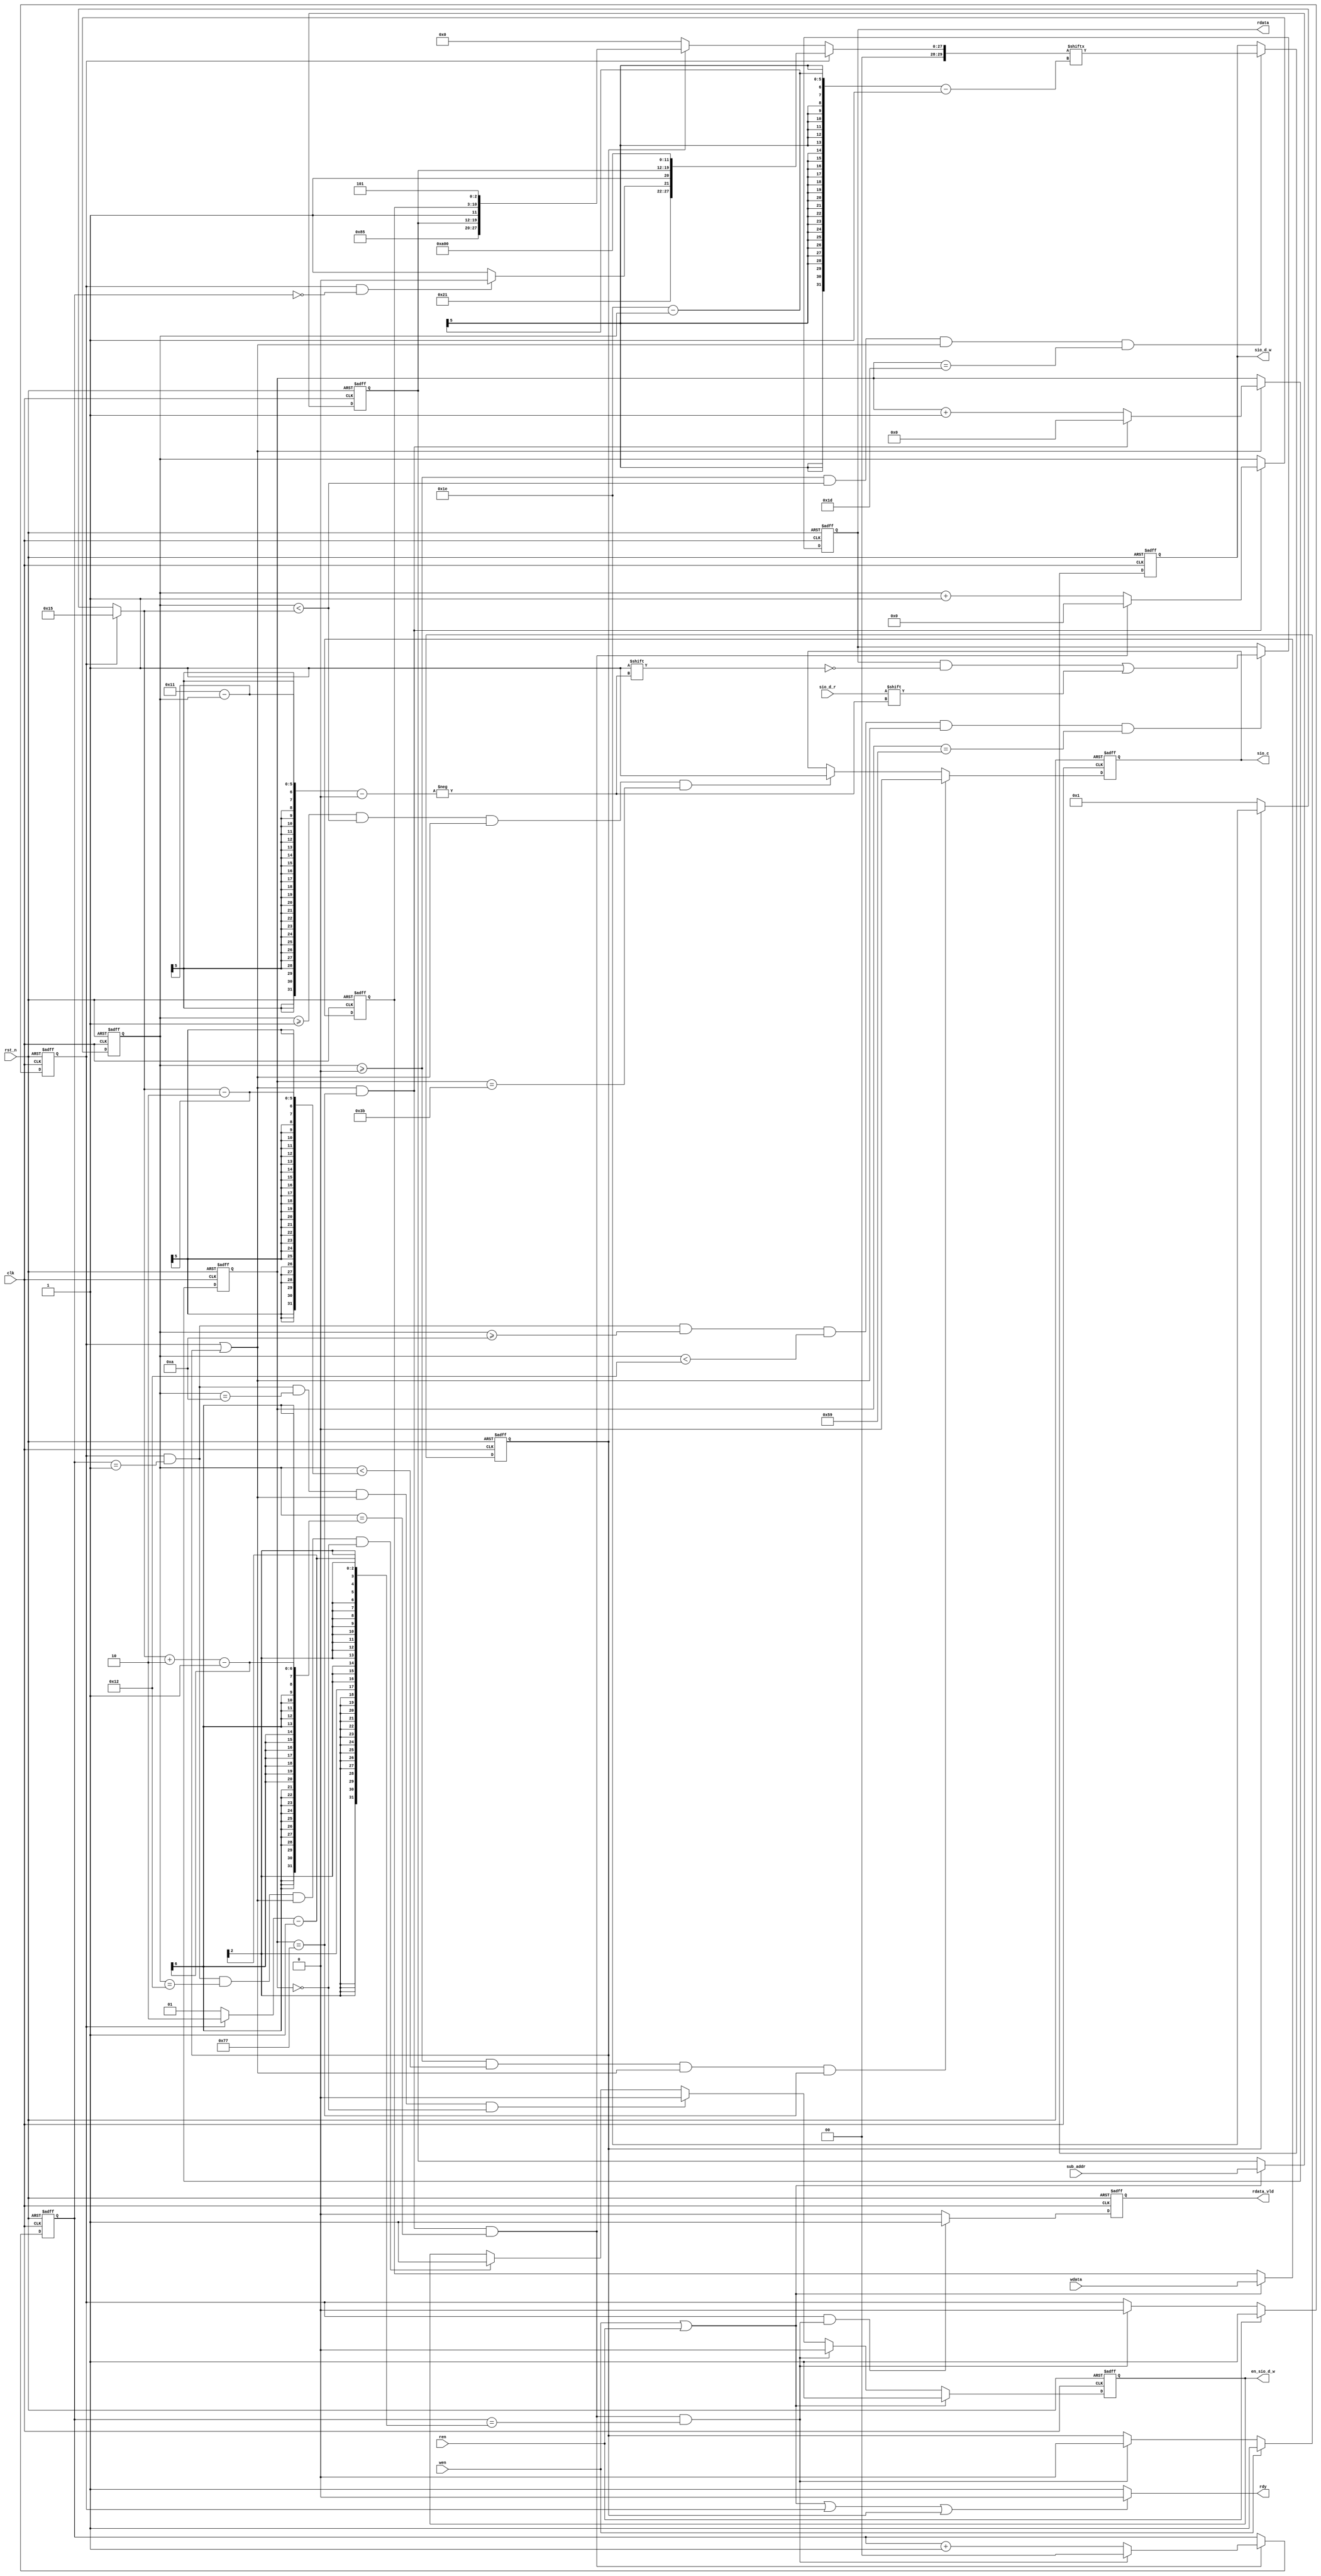
/************************************************************************************
The code is designed and produced by MDY Science and Education Co., Ltd, which has the entire ownership. It is only for personal learning, which cannot be used for commercial or profit-making purposes without permission.

    MDY's Mission: Develop Chip Talents and Realize National Chip Dream.

    We sincerely hope that our students can learn the real IC / FPGA code through our standard and rigorous code.

    For more FPGA learning materials, please visit the Forum: http://fpgabbs.com/ and official website: http://www.mdy-edu.com/index.html 

    *************************************************************************************/
module sccb(
    clk       ,
    rst_n     ,
    ren       ,
    wen       ,
    sub_addr  ,
    rdata     ,
    rdata_vld ,
    wdata     ,
    rdy       ,
    sio_c     ,
    sio_d_r   ,
    en_sio_d_w,
    sio_d_w         
);

    parameter      SIO_C  = 120 ; 

    input               clk           ;
    input               rst_n         ;
    input               ren           ;
    input               wen           ;
    input [7:0]         sub_addr      ;
    input [7:0]         wdata         ;

    output[7:0]         rdata         ;
    output              rdata_vld     ;
    output              sio_c         ;
    output              rdy           ;

    input               sio_d_r       ;
    output              en_sio_d_w    ;
    output              sio_d_w       ;
    reg                 en_sio_d_w    ;
    reg                 sio_d_w       ;

    reg   [7:0]         rdata         ;
    reg                 rdata_vld     ;
    reg                 sio_c         ;
    reg                 rdy           ;

    reg   [7:0]         count_sck     ;
    reg   [4:0]         count_bit     ;
    reg   [1:0]         count_duan    ;
    reg                 flag_r        ;
    reg                 flag_w        ;
    reg   [4:0]         bit_num       ;
    reg   [1:0]         duan_num      ;
    reg   [29:0]        out_data      ;
    reg   [ 7:0]        addr_ff       ;
    reg   [ 7:0]        wdata_ff      ;

    wire                add_count_sck ;
    wire                end_count_sck ;
    wire                add_count_bit ;
    wire                end_count_bit ;
    wire                add_count_duan;
    wire                end_count_duan;
    wire                sio_c_h2l     ;
    wire                sio_c_l2h     ;
    wire                en_sio_d_w_h2l;
    wire                en_sio_d_w_l2h;
    wire                out_data_time ;
    wire                rdata_time    ;
    wire  [7:0]         rd_com        ;
    
    always  @(posedge clk or negedge rst_n)begin
        if(rst_n==1'b0)begin
            count_sck <= 0;
        end
        else if(add_count_sck)begin
            if(end_count_sck)begin
                count_sck <= 0;
            end
            else begin
                count_sck <= count_sck + 1;
            end
        end
    end

    assign add_count_sck = flag_r || flag_w;
    assign end_count_sck = add_count_sck && count_sck == SIO_C-1;

    always  @(posedge clk or negedge rst_n)begin
        if(rst_n==1'b0)begin
            count_bit <= 0;
        end
        else if(add_count_bit)begin
            if(end_count_bit)begin
                count_bit <= 0;
            end
            else begin
                count_bit <= count_bit + 1;
            end
        end
    end

    assign add_count_bit = end_count_sck;
    assign end_count_bit = add_count_bit && count_bit == bit_num+2-1;

    always  @(posedge clk or negedge rst_n)begin
        if(rst_n==1'b0)begin
            count_duan <= 0;
        end
        else if(add_count_duan)begin
            if(end_count_duan)begin
                count_duan <= 0;
            end
            else begin
                count_duan <= count_duan + 1;
            end
        end
    end

    assign add_count_duan = end_count_bit;
    assign end_count_duan = add_count_duan && count_duan == duan_num-1;

    always  @(posedge clk or negedge rst_n)begin
        if(rst_n==1'b0)begin
            flag_r <= 0;
        end
        else if(ren)begin
            flag_r <= 1;
        end
        else if(end_count_duan)begin
            flag_r <= 0;
        end
    end

    always  @(posedge clk or negedge rst_n)begin
        if(rst_n==1'b0)begin
            flag_w <= 0;
        end
        else if(wen)begin
            flag_w <= 1;
        end
        else if(end_count_duan)begin 
            flag_w <= 0;
        end
    end

    always  @(*)begin
        if(flag_r)begin
            bit_num = 21;
            duan_num = 2;
        end
        else if(flag_w)begin
            bit_num = 30;
            duan_num = 1;
        end
        else begin
            bit_num = 1;
            duan_num = 1;
        end
    end

    always  @(posedge clk or negedge rst_n)begin
        if(rst_n==1'b0)begin
            sio_c <= 1;
        end
        else if(sio_c_h2l)begin
            sio_c <= 0;
        end
        else if(sio_c_l2h)begin
            sio_c <= 1;
        end
    end

    assign sio_c_h2l = count_bit >= 0 && count_bit < (bit_num-2) && add_count_sck && count_sck == SIO_C-1;
    assign sio_c_l2h = count_bit >= 1 && count_bit < bit_num && add_count_sck && count_sck == SIO_C/2-1;


   always  @(posedge clk or negedge rst_n)begin
       if(rst_n==1'b0)begin
           wdata_ff  <= 0;
           addr_ff   <= 0;
       end
       else if(wen ||ren) begin
           wdata_ff  <= wdata    ;
           addr_ff   <= sub_addr ;
       end
   end


    always @ (*)begin
        if(flag_r)begin
            out_data = {1'h0,rd_com,1'h1,addr_ff,1'h1,1'h0,1'h1,9'h0};
        end
        else if(flag_w)begin
            out_data = {1'h0,8'h42,1'h1,addr_ff,1'h1,wdata_ff,1'h1,1'h0,1'h1};
        end
        else begin
            out_data = 0;
        end
    end

    assign rd_com = (flag_r && count_duan == 0)? 8'h42 : 8'h43;

    always  @(posedge clk or negedge rst_n)begin
        if(rst_n==1'b0)begin
            en_sio_d_w <= 0;
        end
        else if(ren || wen)begin
            en_sio_d_w <= 1;
        end
        else if(end_count_duan)begin
            en_sio_d_w <= 0;
        end
        else if(en_sio_d_w_h2l)begin
            en_sio_d_w <= 0;
        end
        else if(en_sio_d_w_l2h)begin
            en_sio_d_w <= 1;
        end
    end

    assign en_sio_d_w_h2l = flag_r && count_duan == 1 && count_bit == 10 && add_count_sck && count_sck == 1-1;
    assign en_sio_d_w_l2h = flag_r && count_duan == 1 && count_bit == 18 && add_count_sck && count_sck == 1-1;

    always  @(posedge clk or negedge rst_n)begin
        if(rst_n==1'b0)begin
            sio_d_w <= 1;
        end
        else if(out_data_time)begin
            sio_d_w <= out_data[30-count_bit-1];
        end
    end

    assign out_data_time = count_bit >= 0 && count_bit < bit_num && add_count_sck && count_sck == SIO_C/4-1;

    always  @(posedge clk or negedge rst_n)begin
        if(rst_n==1'b0)begin
            rdata <= 0;
        end
        else if(rdata_time)begin
            rdata[17-count_bit] <= sio_d_r;
        end
    end

    assign rdata_time = flag_r && count_duan==1 && count_bit>=10 && count_bit<18 && add_count_sck && count_sck==SIO_C/4*3-1;

    always  @(posedge clk or negedge rst_n)begin
        if(rst_n==1'b0)begin
            rdata_vld <= 0;
        end
        else if(flag_r && end_count_duan)begin
            rdata_vld <= 1;
        end
        else begin
            rdata_vld <= 0;
        end
    end

    always  @(*)begin
        if(ren || wen || flag_r || flag_w)begin
            rdy = 0;
        end
        else begin
            rdy = 1;
        end
    end

endmodule